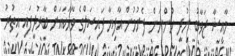
މާއިޝާ ޖަވާބު ނުދީ ހުންނަން ފެށުމުން އާފިޔާ ފައިސަލްގެ ވާހަކައަށް ބާރުދީފައި އިތުރު